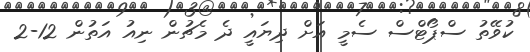
ކުވޭތު ސްޕޯޓްސް ސެމީ އަށް ދިޔައީ ދެ މެޗުން ނިއު އަތުން 12-2